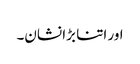
اور اتنا بڑا نشان۔